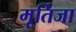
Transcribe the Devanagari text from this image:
मूर्तिजा